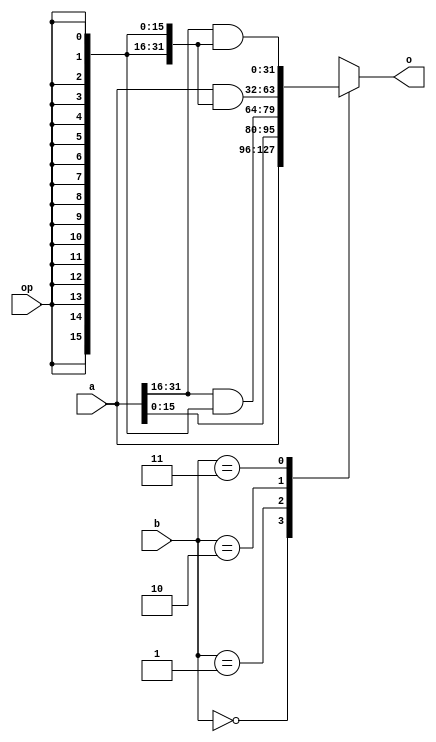
module rolx16(op, a, b, o);
parameter DBW = 32;
localparam DMSB = DBW-1;
input op;
input [DMSB:0] a;
input [1:0] b;
output [DMSB:0] o;
reg [DMSB:0] o;

wire [47:0] opx = {48{op}};
always @(b or a or opx) begin
	case (b)
	2'd0:	o <= a;
	2'd1:	o <= {a[DMSB-16:0],a[DMSB:DMSB-15]&opx[15:0]};
	2'd2:	o <= {a[DMSB-(32%DBW):0],a[DMSB:DMSB-(31%DBW)]&opx[31:0]};
	2'd3:	o <= {a[DMSB-(48%DBW):0],a[DMSB:DMSB-(47%DBW)]&opx[47:0]};
	endcase
end

endmodule